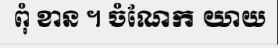
ពុំ ខាន ។ ចំណែក យាយ